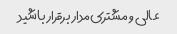
عالی و مشتری‌مدار برقرار باشید